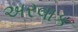
અરવાક